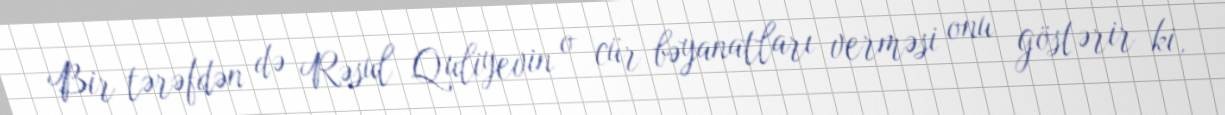
Bir tərəfdən də Rəsul Quliyevin o cür bəyanatları verməsi onu göstərir ki,